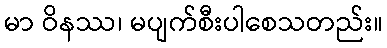
မာ ဝိနဿ၊ မပျက်စီးပါစေသတည်း။